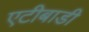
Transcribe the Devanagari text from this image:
एटीबाडी